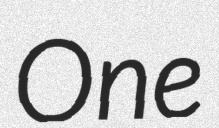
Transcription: One